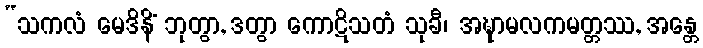
“သကလံ မေဒိနိံ ဘုတွာ, ဒတွာ ကောဋိသတံ သုခီ၊ အဍ္ဎာမလကမတ္တဿ, အန္တေ